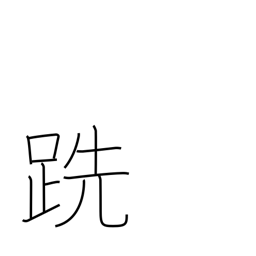
Meaning: barefooted